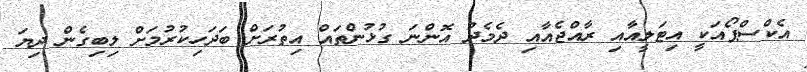
އެކްސްޕޯއަކީ އިޓަލީއާއި ރާއްޖެއާއި ދެމެދު އޮންނަ ގުޅުންތައް އިތުރަށް ބަދަހިކުރުމަށް ލިބިގެން ދިޔަ